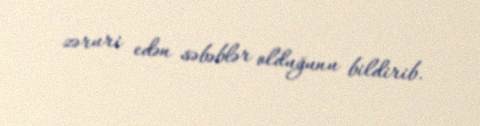
zəruri edən səbəblər olduğunu bildirib.